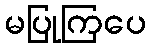
မပြုကြပေ